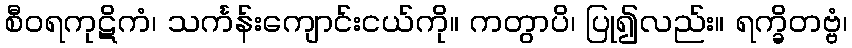
စီဝရကုဋိကံ၊ သင်္ကန်းကျောင်းငယ်ကို။ ကတွာပိ၊ ပြု၍လည်း။ ရက္ခိတဗ္ဗံ၊